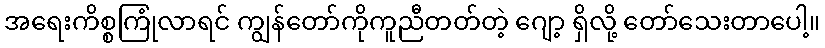
အရေးကိစ္စကြုံလာရင် ကျွန်တော်ကိုကူညီတတ်တဲ့ ဂျော့ ရှိလို့ တော်သေးတာပေါ့။